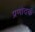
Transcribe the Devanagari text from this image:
प्रणोदकं